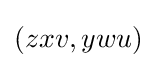
(zxv,ywu)